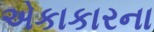
એકાકારના